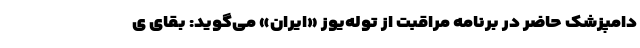
دامپزشک حاضر در برنامه مراقبت از توله‌یوز «ایران» می‌گوید: بقای ی